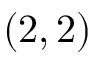
( 2 , 2 )